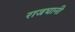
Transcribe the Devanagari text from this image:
राजघानी